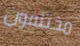
مختلفون